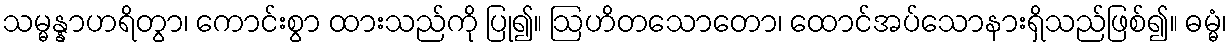
သမ္မန္နာဟရိတွာ၊ ကောင်းစွာ ထားသည်ကို ပြု၍။ ဩဟိတသောတော၊ ထောင်အပ်သောနားရှိသည်ဖြစ်၍။ ဓမ္မံ၊